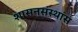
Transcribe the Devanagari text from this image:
शासनसंस्थांस